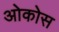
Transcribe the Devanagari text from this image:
ओकोस